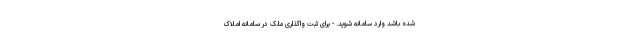
شده باشد وارد سامانه شوید. - برای ثبت واگذاری ملک در سامانه املاک